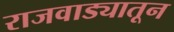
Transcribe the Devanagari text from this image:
राजवाड्यातून